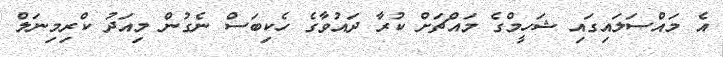
އެ މައްސަލައިގައި ޝަހީމްގެ މައްޗަށް ކުރާ ދައުވާގެ ހެކިބަސް ނެގުން މިއަދު ކްރިމިނަލް